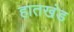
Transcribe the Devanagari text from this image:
हातखंड